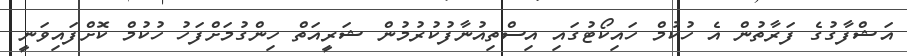
އަޝްފާގުގެ ފަރާތުން އެ ހުކުމް ހައިކޯޓުގައި އިސްތިއުނާފުކުރުމުން ޝަރީއަތް ހިންގުމަށްފަހު ހުކުމް ކޮށްފައިވަނީ